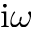
\mathrm { i } \omega